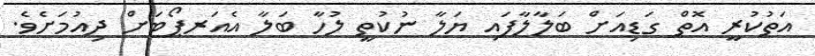
އަތުކުރީ އޮތް ގަޑިއަށް ބަލާލާފައި ޔަލާ ނުކުތީ ލުހާ ބަލާ އެއަރޕޯޓަށް ދިއުމަށެވެ.